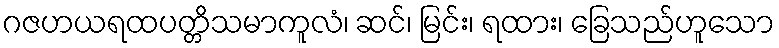
ဂဇဟယရထပတ္တိသမာကူလံ၊ ဆင်၊ မြင်း၊ ရထား၊ ခြေသည်ဟူသော